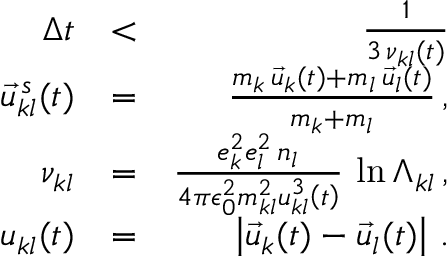
\begin{array} { r l r } { \Delta t } & { < } & { \frac { 1 } { 3 \, \nu _ { k l } ( t ) } } \\ { \vec { u } _ { k l } ^ { \, s } ( t ) } & { = } & { \frac { m _ { k } \, \vec { u } _ { k } ( t ) + m _ { l } \, \vec { u } _ { l } ( t ) } { m _ { k } + m _ { l } } \, , } \\ { \nu _ { k l } } & { = } & { \frac { e _ { k } ^ { 2 } e _ { l } ^ { 2 } \, n _ { l } } { 4 \pi \epsilon _ { 0 } ^ { 2 } m _ { k l } ^ { 2 } u _ { k l } ^ { 3 } \left( t \right) } \, \ln \Lambda _ { k l } \, , } \\ { u _ { k l } ( t ) } & { = } & { \left| \vec { u } _ { k } ( t ) - \vec { u } _ { l } ( t ) \right| \, . } \end{array}